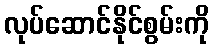
လုပ်ဆောင်နိုင်စွမ်းကို